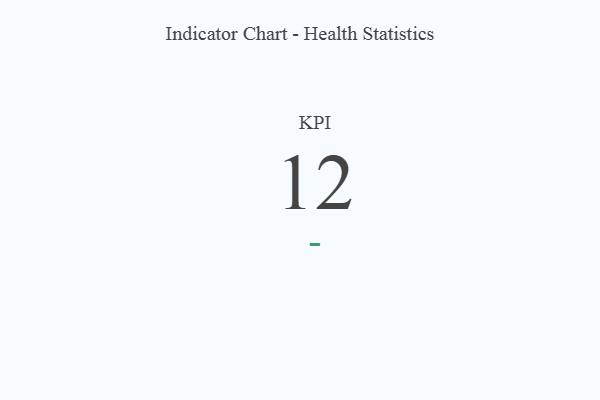
{"axis": {"x": "KPI", "y": "Value"}, "legend": [""], "data": [{"x": "KPI", "y": 12, "type": ""}]}